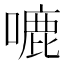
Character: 𭊛